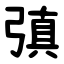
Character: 㣀